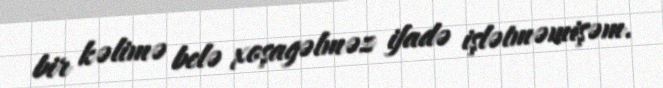
bir kəlimə belə xoşagəlməz ifadə işlətməmişəm.